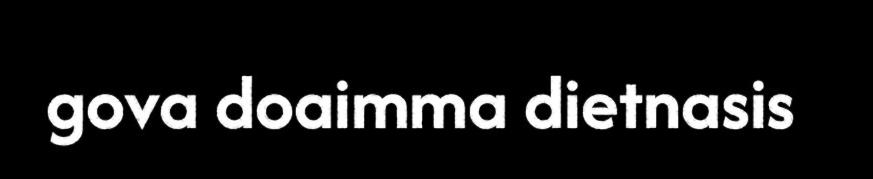
gova doaimma dietnasis